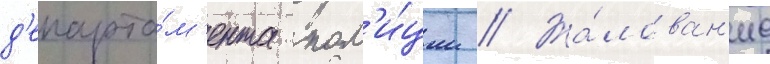
д'епарта́м'ента пол'и́ции // Жа́лован'ие